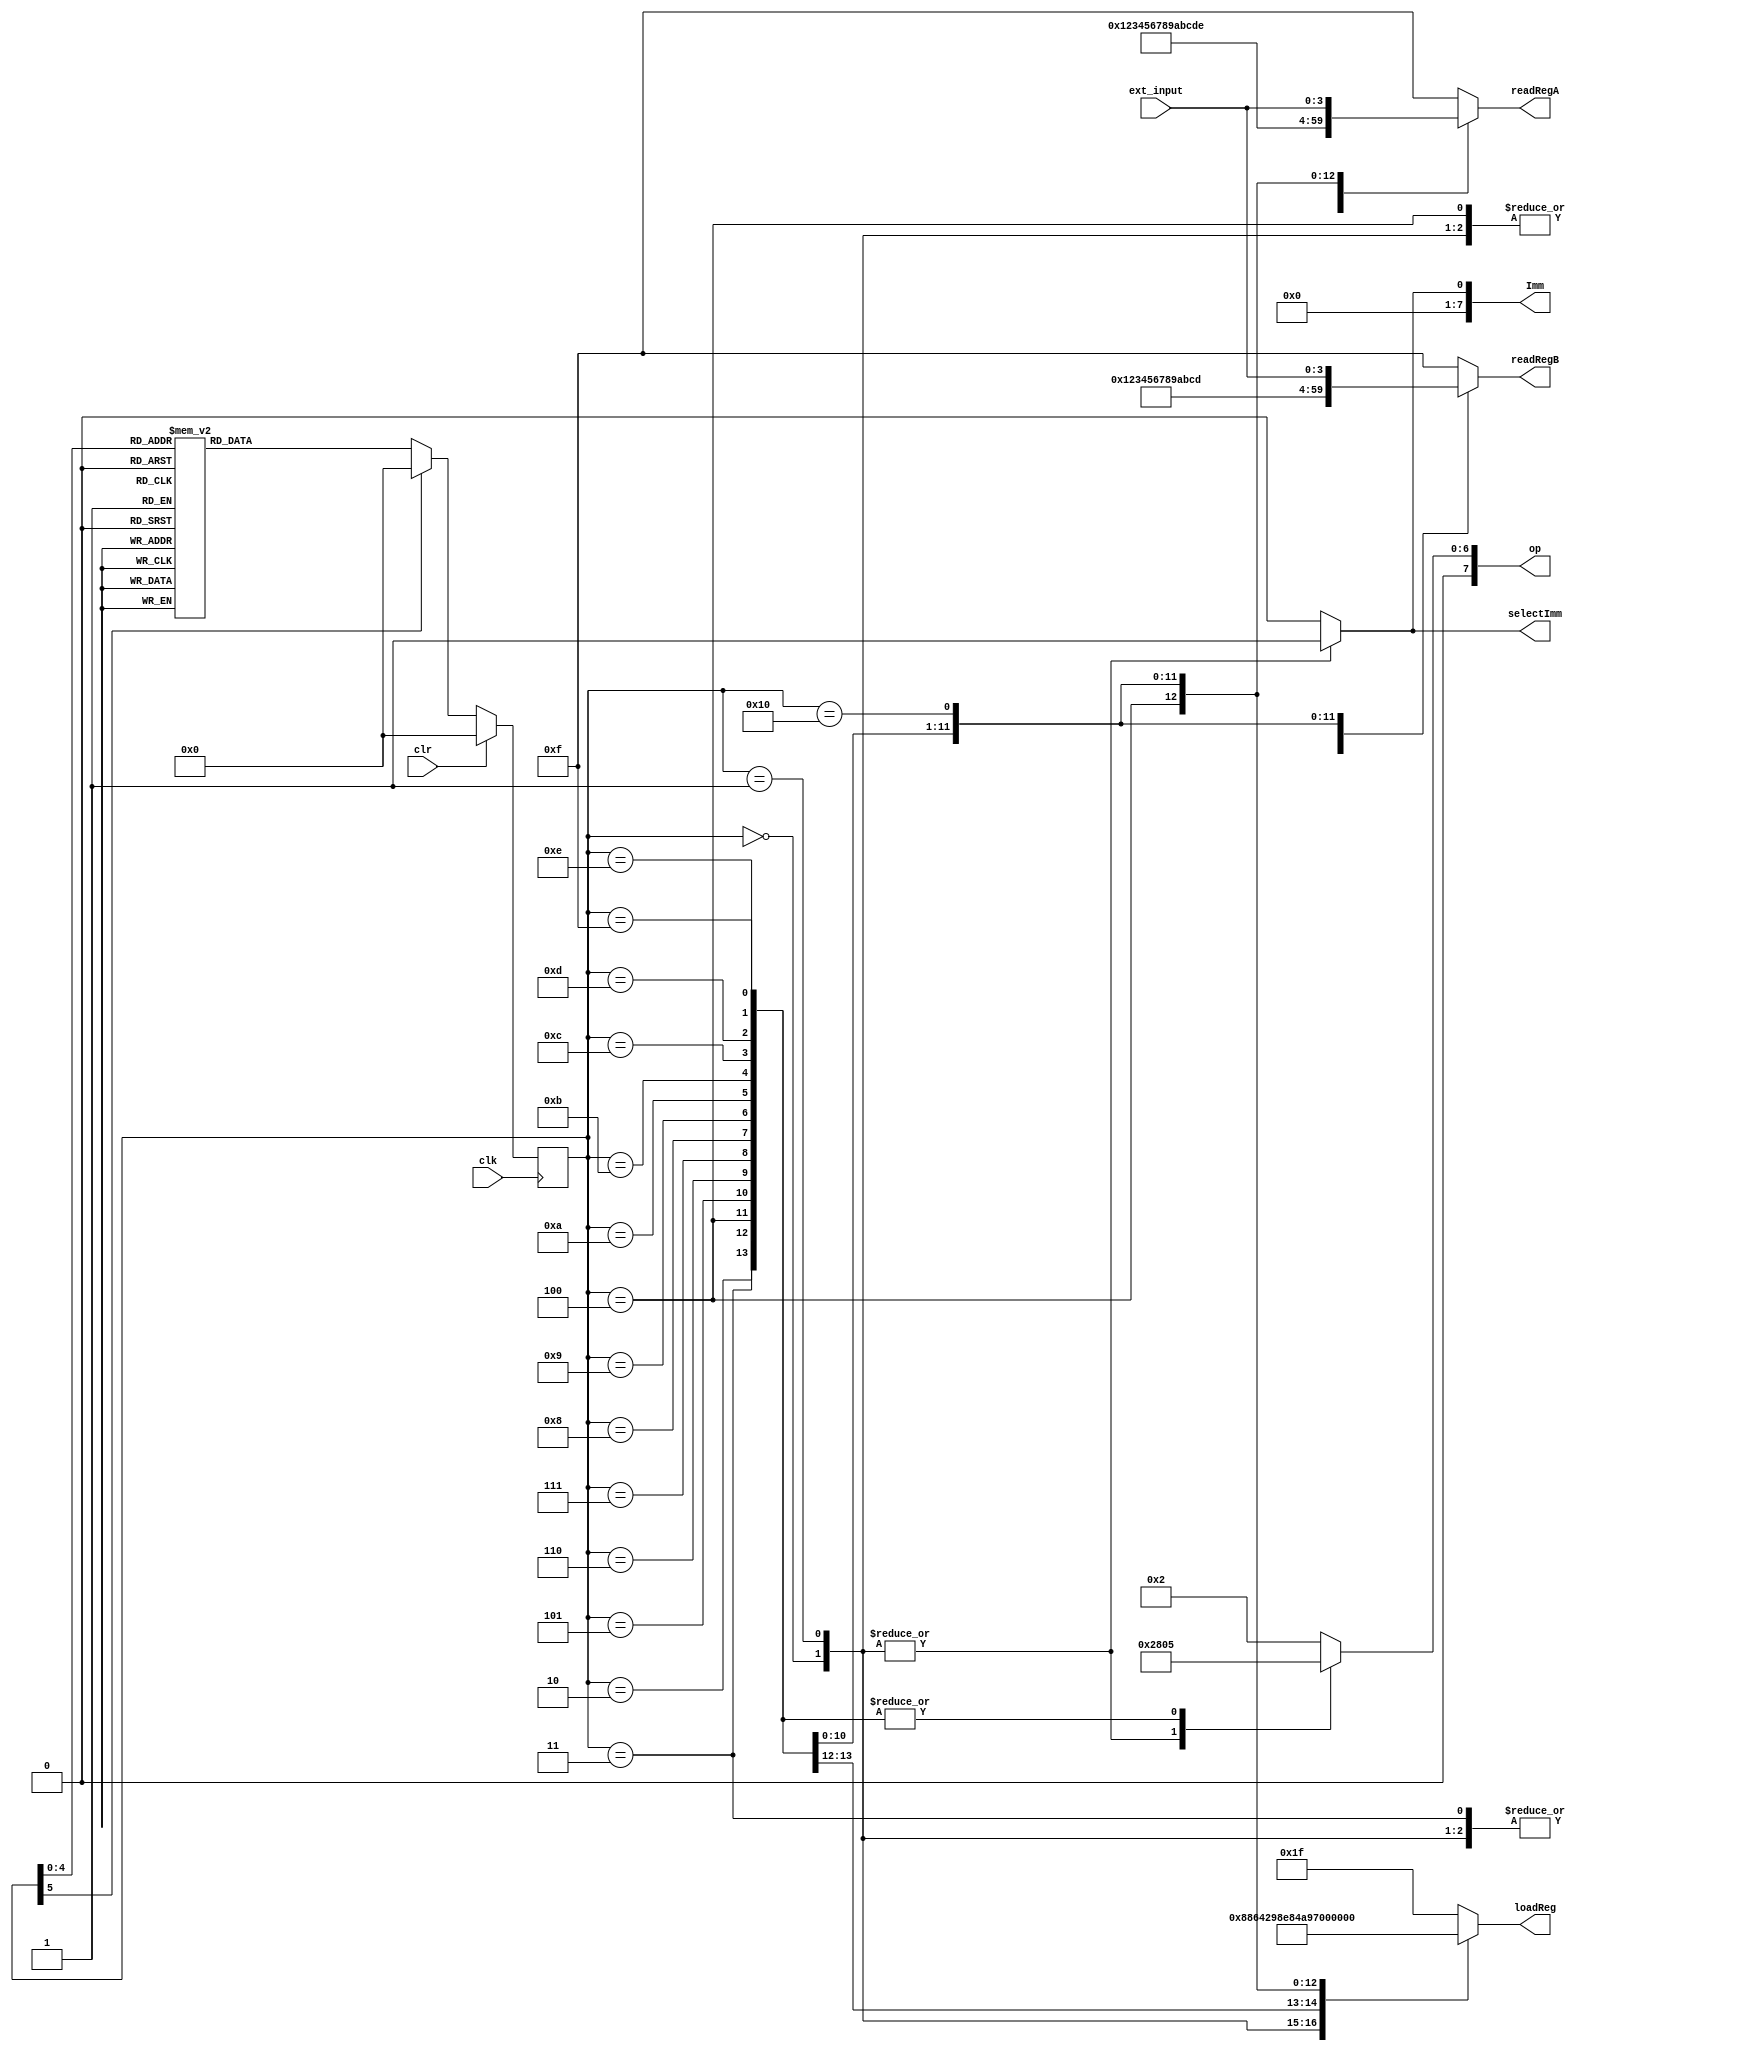
`timescale 1ns / 1ps
//////////////////////////////////////////////////////////////////////////////////
// Company: 
// Module Name:    FSM 
// Description: FSM is a finite state machine which creates the first 15 numbers
//      in the fibonacci sequence
//
//////////////////////////////////////////////////////////////////////////////////
module FSM(
	 input clk,
	 input clr,
	 input [3:0] ext_input,
   output reg selectImm,
	output reg[4:0] loadReg,
   output reg[3:0] readRegA, readRegB,
   output reg[7:0] Imm, op
    );
	 

	 // Give names to states
	 parameter State0 = 0; parameter State1 = 1;
	 parameter State2 = 2; parameter State3 = 3; 
	 parameter State4 = 4; parameter State5 = 5;
	 parameter State6 = 6; parameter State7 = 7;
	 parameter State8 = 8; parameter State9 = 9;
	 parameter State10 = 10; parameter State11 = 11;
	 parameter State12 = 12; parameter State13 = 13;
	 parameter State14 = 14; parameter State15 = 15;
	 parameter State16 = 16;

   parameter ADD = 8'b00000101;
	parameter ADDI = 8'b01010000;
   parameter OR = 8'b00000010;

	 // Declare states
	 reg [5:0] PS, NS;

	// Output 
	always@(PS, ext_input) begin
		case(PS)
			State0 : begin
			  // load 1 into r0 
			  selectImm = 1'b1;
			  loadReg = 5'b00000; 
			  readRegA = 4'b0010;
			  readRegB = 4'b0010;
			  Imm = 8'b00000001;
			  op = ADDI;
			end
			State1 : begin
			  // Load 1 into r1
			  selectImm = 1'b1;
			  loadReg = 5'b00001; 
			  readRegA = 4'b0010;
			  readRegB = 4'b0010;
			  Imm = 8'b00000001;
			  op = ADDI;
			end
			State2 : begin
			  // r2 = r1 + r0
			  // 2  = 1  + 1
			  selectImm = 1'b0;
			  loadReg = 5'b00010; 
			  readRegA = 4'b0001;
			  readRegB = 4'b0000;
			  Imm = 8'b00000000;
			  op = ADD;
			end
			State3 : begin
			  // r3 = r2 + r1
			  // 3  = 2  + 1
			  selectImm = 1'b0;
			  loadReg = 5'b00011; 
			  readRegA = 4'b0010;
			  readRegB = 4'b0001;
			  Imm = 8'b00000000;
			  op = ADD;
			end
			State4 : begin
			  // r4 = r3 + r2
			  // 5  = 3  + 2
			  selectImm = 1'b0;
			  loadReg = 5'b00100; 
			  readRegA = 4'b0011;
			  readRegB = 4'b0010;
			  Imm = 8'b00000000;
			  op = ADD;
			end
			State5 : begin
			  // r5 = r4 + r3
			  // 8  = 5  + 3
			  selectImm = 1'b0;
			  loadReg = 5'b00101; 
			  readRegA = 4'b0100;
			  readRegB = 4'b0011;
			  Imm = 8'b00000000;
			  op = ADD;
			end
			State6 : begin
			  // r6 = r5 + r4
			  // 13 = 8  + 5
			  selectImm = 1'b0;
			  loadReg = 5'b00110; 
			  readRegA = 4'b0101;
			  readRegB = 4'b0100;
			  Imm = 8'b00000000;
			  op = ADD;
			end
			State7 : begin
			  // r7 = r6 + r5
			  // 21 = 13 + 8
			  selectImm = 1'b0;
			  loadReg = 5'b00111; 
			  readRegA = 4'b0110;
			  readRegB = 4'b0101;
			  Imm = 8'b00000000;
			  op = ADD;
			end
			State8 : begin
			  // r8 = r7 + r6
			  // 34 = 21 + 13
			  selectImm = 1'b0;
			  loadReg = 5'b01000; 
			  readRegA = 4'b0111;
			  readRegB = 4'b0110;
			  Imm = 8'b00000000;
			  op = ADD;
			end
			State9 : begin
			  // r9 = r8 + r7
			  // 55 = 34 + 21
			  selectImm = 1'b0;
			  loadReg = 5'b01001; 
			  readRegA = 4'b1000;
			  readRegB = 4'b0111;
			  Imm = 8'b00000000;
			  op = ADD;
			end
			State10 : begin
			  // r10 = r9 + r8
			  // 89 = 55 + 34
			  selectImm = 1'b0;
			  loadReg = 5'b01010; 
			  readRegA = 4'b1001;
			  readRegB = 4'b1000;
			  Imm = 8'b00000000;
			  op = ADD;
			end
			State11 : begin
			  // r11 = r10 + r9
			  // 144 = 89  + 55
			  selectImm = 1'b0;
			  loadReg = 5'b01011; 
			  readRegA = 4'b1010;
			  readRegB = 4'b1001;
			  Imm = 8'b00000000;
			  op = ADD;
			end
			State12 : begin
			  // r12 = r11 + r10
			  // 233 = 144 + 89
			  selectImm = 1'b0;
			  loadReg = 5'b01100; 
			  readRegA = 4'b1011;
			  readRegB = 4'b1010;
			  Imm = 8'b00000000;
			  op = ADD;
			end
			State13 : begin
			  // r13 = r12 + r11
			  // 377 = 233 + 144
			  selectImm = 1'b0;
			  loadReg = 5'b01101; 
			  readRegA = 4'b1100;
			  readRegB = 4'b1011;
			  Imm = 8'b00000000;
			  op = ADD;
			end
			State14 : begin
			  // r14 = r13 + r12
			  // 610 = 377 + 233
			  selectImm = 1'b0;
			  loadReg = 5'b01110; 
			  readRegA = 4'b1101;
			  readRegB = 4'b1100;
			  Imm = 8'b00000000;
			  op = ADD;
			end
			State15 : begin
			  // r15 = r14 + r13
			  // 987 = 610 + 377
			  selectImm = 1'b0;
			  loadReg = 5'b01111; 
			  readRegA = 4'b1110;
			  readRegB = 4'b1101;
			  Imm = 8'b00000000;
			  op = ADD;
			end
			State16 : begin
				// State16 is the final state in the Controller.
				// ext_input determines which register value to display on the 7 segment displays.
				// values of 0-15 on ext_input selects r0-r15
				selectImm = 1'b0;
				loadReg = 5'b10000;
				readRegA = ext_input;
				readRegB = ext_input;
				Imm = 8'b00000000;
				op = OR;
			end
			default: begin 
			  // r15 = r15 | r15
			  // 1597= 1597| 1597
			  selectImm = 1'b0;
			  loadReg = 5'b11111; 
			  readRegA = 4'b1111;
			  readRegB = 4'b1111;
			  Imm = 8'b00000000;
			  op = OR;
			end
		endcase
	end

	// Present state
	always@(posedge clk) begin
			if (clr)
				PS <= State0;
			else 
				PS <= NS;
	end
		
		// Next state
	always@(PS)
		case(PS)
			State0 : NS = State1;
			State1 : NS = State2;
			State2 : NS = State3;
			State3 : NS = State4;
			State4 : NS = State5;
			State5 : NS = State6;
			State6 : NS = State7;
			State7 : NS = State8;
			State8 : NS = State9;
			State9 : NS = State10;
			State10 : NS = State11;
			State11 : NS = State12;
			State12 : NS = State13;
			State13 : NS = State14;
			State14 : NS = State15;
			State15 : NS = State16;
			State16 : NS = State16;
			default : NS = State0;
		endcase
				
endmodule